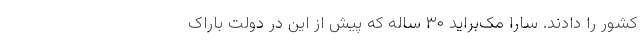
کشور را دادند. سارا مک‌براید ۳۰ ساله که پیش از این در دولت باراک